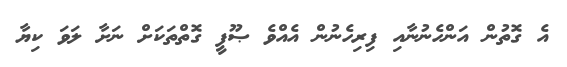
އެ ގޮތުން އަންހެނުނާއި ފިރިހެނުން އެއްވެ ޞޫފީ ގޮތްތަކަށް ނަށާ ލަވަ ކިޔާ